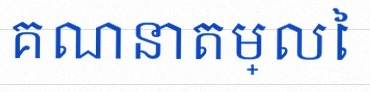
គណនាតម្លៃ